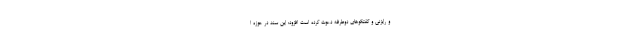
و رایزنی و گفتگوهای دوطرفه دعوت کرده است افزود: این سند در حوزه ا